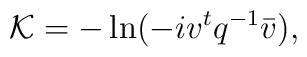
{\cal K} = - \ln (-i v^t q^{-1} \bar{v}),